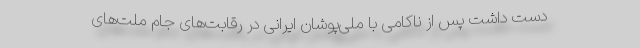
دست داشت پس از ناکامی با ملی‌پوشان ایرانی در رقابت‌های جام ملت‌های